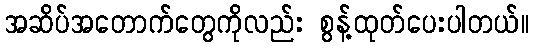
အဆိပ်အတောက်တွေကိုလည်း စွန့်ထုတ်ပေးပါတယ်။